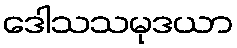
ဒေါသသမုဒယာ